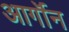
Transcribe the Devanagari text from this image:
आर्गॉन